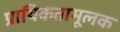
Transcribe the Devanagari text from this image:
प्रायिकतामूलक